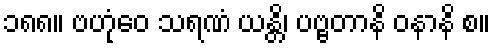
၁၈၈။ ဗဟုံဝေ သရဏံ ယန္တိ၊ ပဗ္ဗတာနိ ဝနာနိ စ။